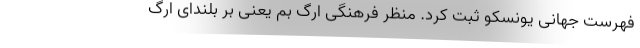
فهرست جهانی یونسکو ثبت کرد. منظر فرهنگی ارگ بم یعنی بر بلندای ارگ